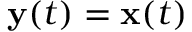
\mathbf { y } ( t ) = \mathbf { x } ( t )